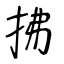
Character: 拂